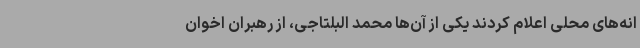
انه‌های محلی اعلام کردند یکی از آن‌ها محمد البلتاجی، از رهبران اخوان